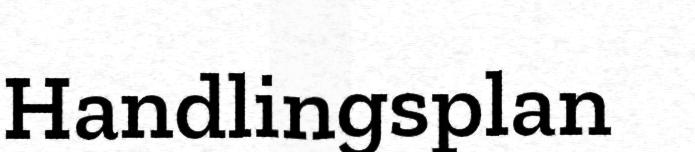
Handlingsplan